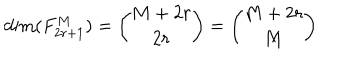
LaTeX: \mathrm { d i m } ( F _ { 2 r + 1 } ^ { M } ) = { \binom { M + 2 r } { 2 r } } = { \binom { M + 2 r } { M } }